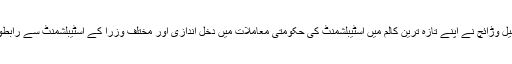
ملک کے معروف صحافی سہیل وڑائچ نے اپنے تازہ ترین کالم میں اسٹیبلشمنٹ کی حکومتی معاملات میں دخل اندازی اور مختلف وزرا کے اسٹیبلشمنٹ سے رابطوں اور تعلقات کا ذکر کیا ہے۔